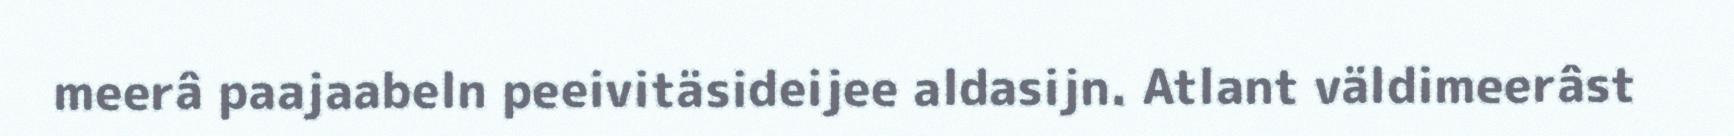
meerâ paajaabeln peeivitäsideijee aldasijn. Atlant väldimeerâst